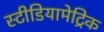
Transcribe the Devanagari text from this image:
स्टीडियामेट्रिक